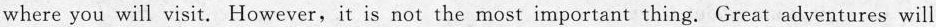
where you will visit. However,it is not the most important thing. Great adventures will